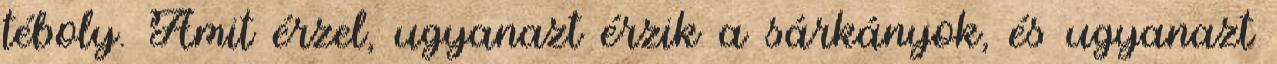
téboly. Amit érzel, ugyanazt érzik a sárkányok, és ugyanazt